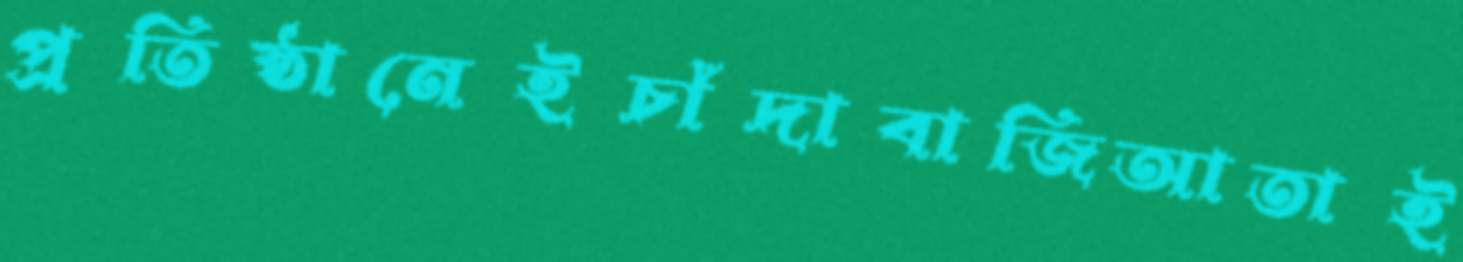
প্রতিষ্ঠানেইচাঁদাবাজিআতাই